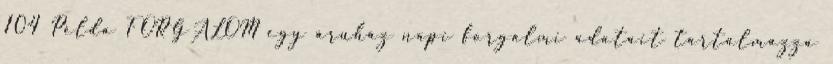
104 Példa FORGALOM egy áruház napi forgalmi adatait tartalmazza